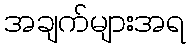
အချက်များအရ